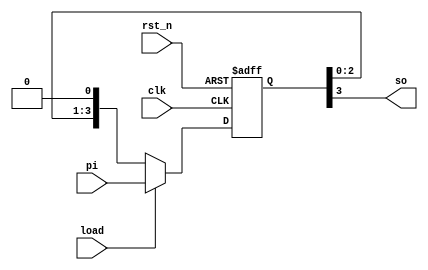
module p2s (
  clk,
  rst_n,
  load,
  pi,
  so
);

input clk;
input rst_n;
input load;
input [3:0] pi;
output so;

reg [3:0] r;

always@(posedge clk or negedge rst_n) 
  if (~rst_n)
    r <= 4'h0;
  else if (load)
    r <= pi;
  else
    r <= {r, 1'b0};
    
assign so = r[3];
    
endmodule